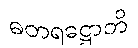
ဓတရဋ္ဌောတိ